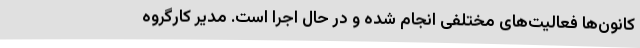
کانون‌ها فعالیت‌های مختلفی انجام شده و در حال اجرا است. مدیر کارگروه